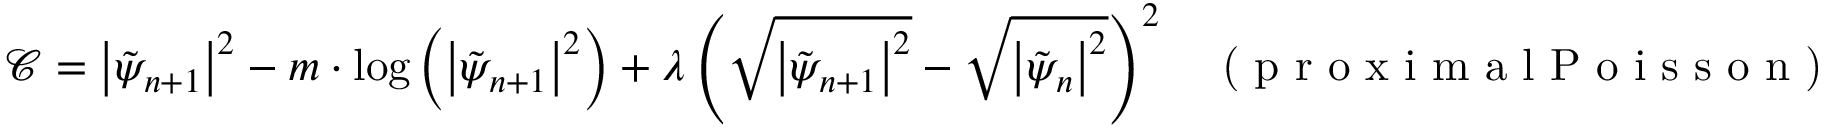
\mathcal { C } = \left| \tilde { \psi } _ { n + 1 } \right| ^ { 2 } - m \cdot \log \left( \left| \tilde { \psi } _ { n + 1 } \right| ^ { 2 } \right) + \lambda \left( \sqrt { \left| \tilde { \psi } _ { n + 1 } \right| ^ { 2 } } - \sqrt { \left| \tilde { \psi } _ { n } \right| ^ { 2 } } \right) ^ { 2 } \; \; \; \textrm { ( p r o x i m a l P o i s s o n ) }